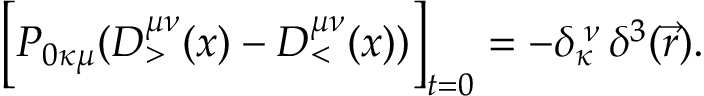
\Big [ P _ { 0 \kappa \mu } ( D _ { > } ^ { \mu \nu } ( x ) - D _ { < } ^ { \mu \nu } ( x ) ) \Big ] _ { t = 0 } = - \delta _ { \kappa } ^ { \; \nu } \, \delta ^ { 3 } ( \vec { r } ) .